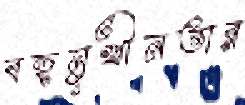
বহুমুখীনতার